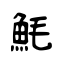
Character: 魹